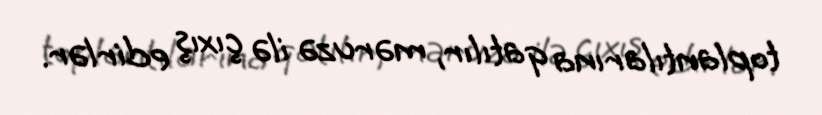
toplantılarına qatılır, məruzə ilə çıxış edirlər.